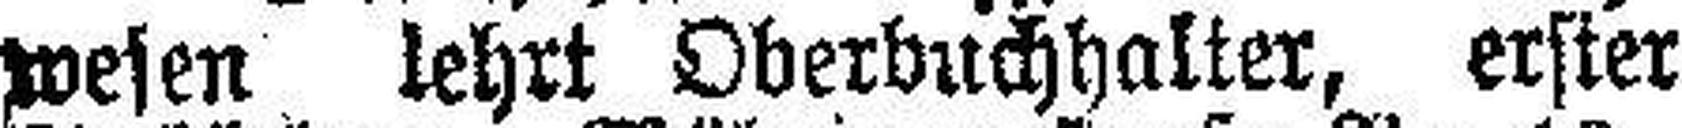
wesen lehrt Oberbuchhalter, erster